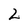
Character: 2